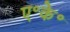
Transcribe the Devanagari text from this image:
ए॰के॰